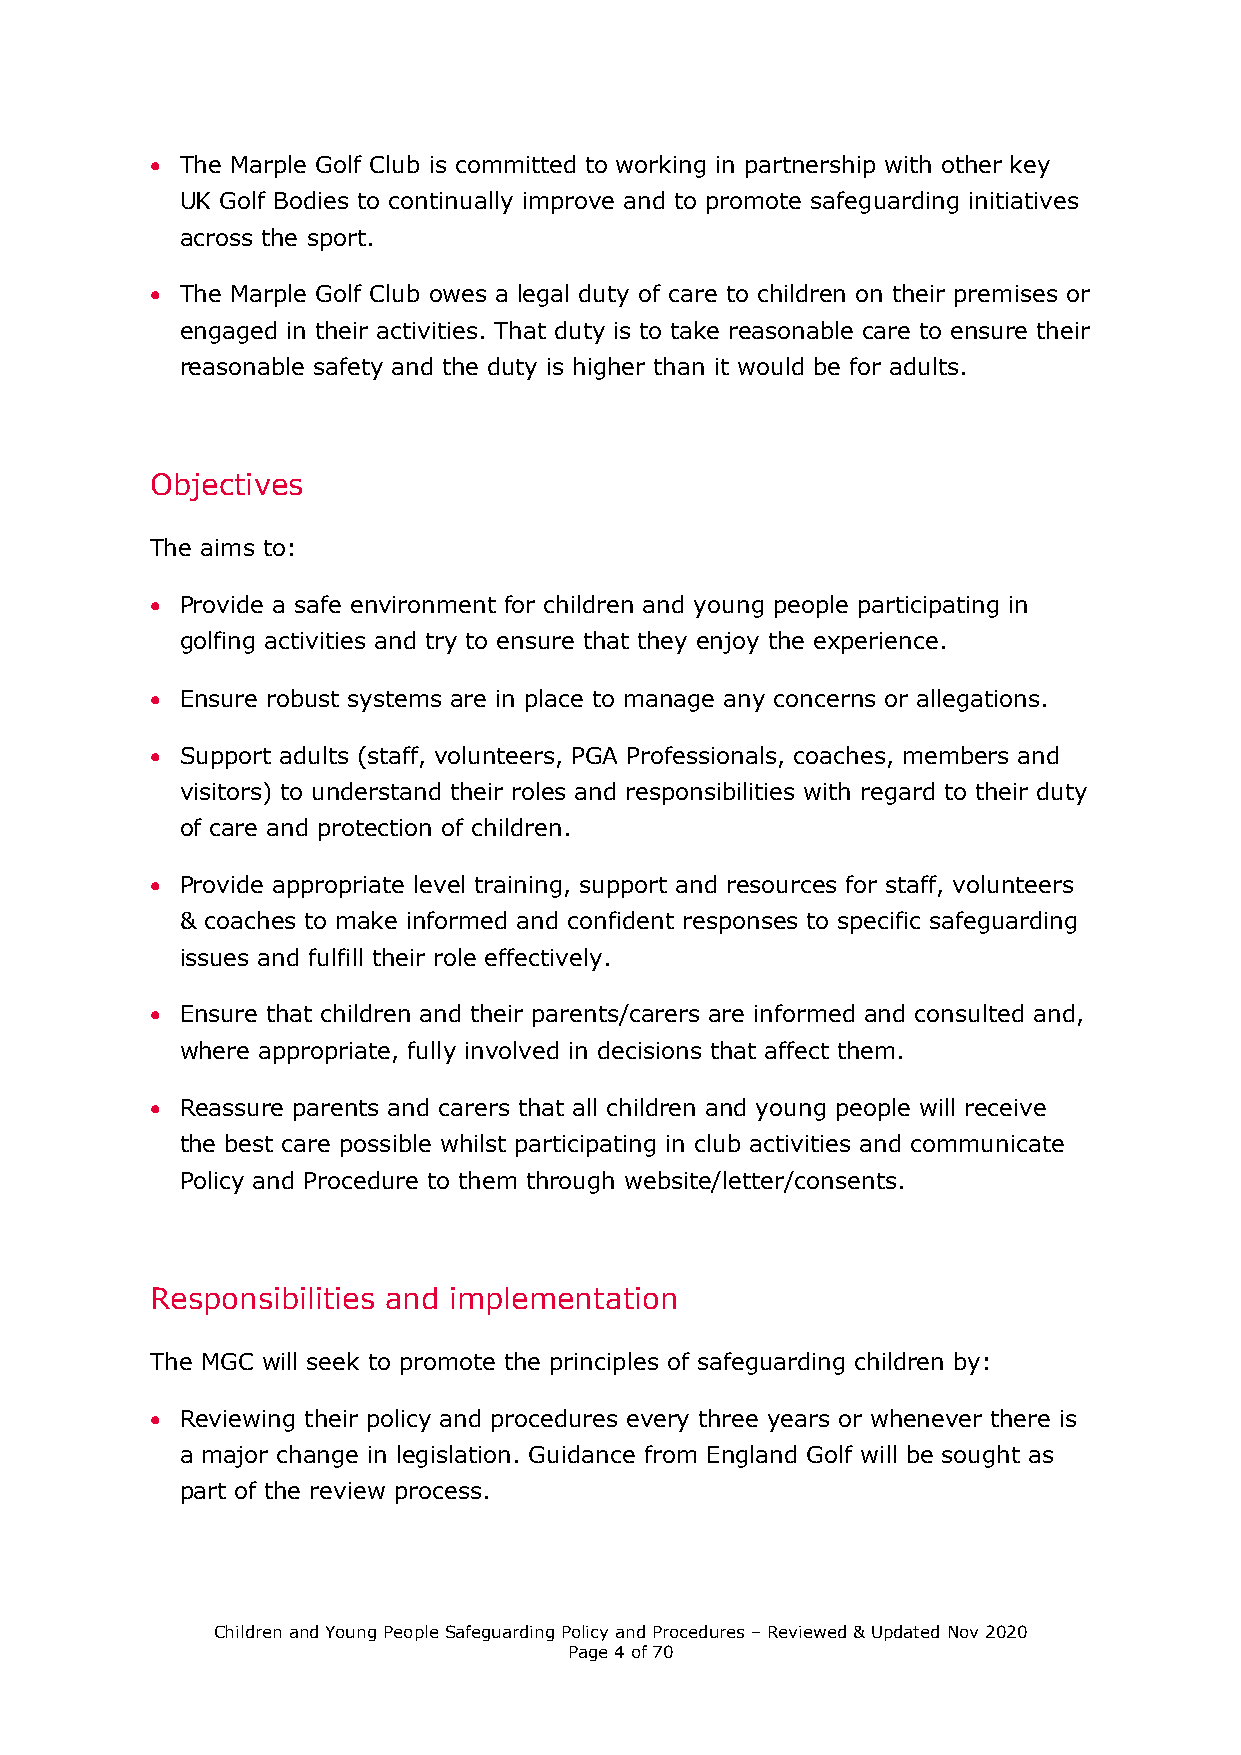
 The Marple Golf Club is committed to working in partnership with other key
 UK Golf Bodies to continually improve and to promote safeguarding initiatives
 across the sport.
  The Marple Golf Club owes a legal duty of care to children on their premises or
 engaged in their activities. That duty is to take reasonable care to ensure their
 reasonable safety and the duty is higher than it would be for adults.
 Objectives
 The aims to:
  Provide a safe environment for children and young people participating in
 golfing activities and try to ensure that they enjoy the experience.
  Ensure robust systems are in place to manage any concerns or allegations.
  Support adults (staff, volunteers, PGA Professionals, coaches, members and
 visitors) to understand their roles and responsibilities with regard to their duty
 of care and protection of children.
  Provide appropriate level training, support and resources for staff, volunteers
 & coaches to make informed and confident responses to specific safeguarding
 issues and fulfill their role effectively.
  Ensure that children and their parents/carers are informed and consulted and,
 where appropriate, fully involved in decisions that affect them.
  Reassure parents and carers that all children and young people will receive
 the best care possible whilst participating in club activities and communicate
 Policy and Procedure to them through website/letter/consents.
 Responsibilities and implementation
 The MGC will seek to promote the principles of safeguarding children by:
  Reviewing their policy and procedures every three years or whenever there is
 a major change in legislation. Guidance from England Golf will be sought as
 part of the review process.
 Children and Young People Safeguarding Policy and Procedures – Reviewed & Updated Nov 2020
 Page 4 of 70